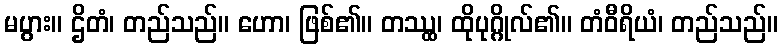
မပွား။ ဌိတံ၊ တည်သည်။ ဟော၊ ဖြစ်၏။ တဿ္ထ၊ ထိုပုဂ္ဂိုလ်၏။ တံဝီရိယံ၊ တည်သည်။